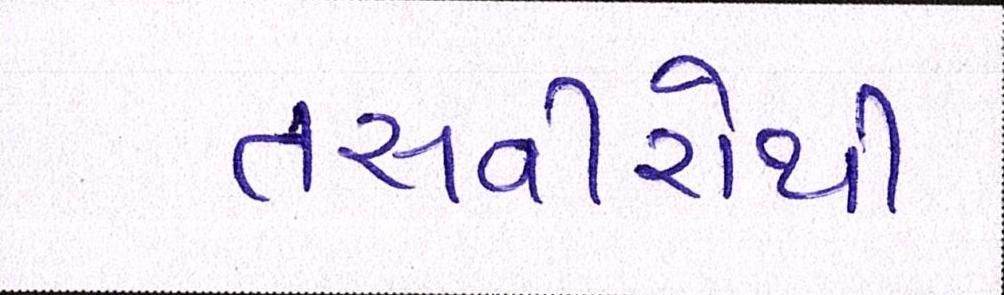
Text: તસવીરોથી